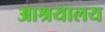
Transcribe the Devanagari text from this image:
आश्रयालय